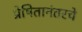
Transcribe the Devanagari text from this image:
प्रेषितानंतरचे